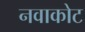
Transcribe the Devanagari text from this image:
नवाकोट